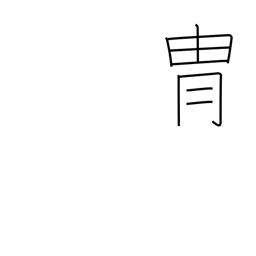
Meaning: helmet